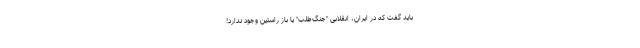
باید گفت که در ایران، انقلابیِ "جنگ‌طلب" یا باز راستین وجود ندارد!